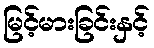
မြင့်မားခြင်းနှင့်